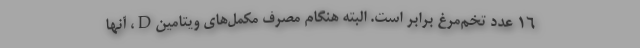
۱۶ عدد تخم‌مرغ برابر است. البته هنگام مصرف مکمل‌های ویتامینD، آنها